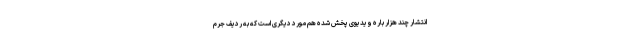
انتشار چند هزار باره ویدیوی پخش شده هم مورد دیگری است که به ردیف جرم